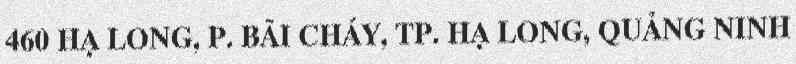
460 HẠ LONG, P. BÃI CHÁY, TP. HẠ LONG, QUẢNG NINH